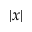
| x |